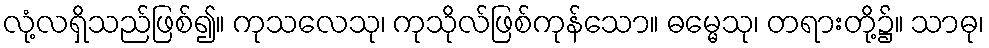
လုံ့လရှိသည်ဖြစ်၍။ ကုသလေသု၊ ကုသိုလ်ဖြစ်ကုန်သော။ ဓမ္မေသု၊ တရားတို့၌။ သာဓု၊